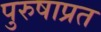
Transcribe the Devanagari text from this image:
पुरुषाप्रत